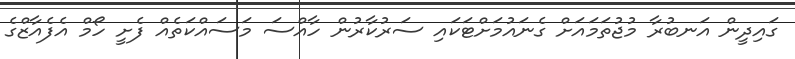
ގައިދީން އަނބުރާ މުޖުތަމައަށް ގެނައުމަށްޓަކައި ސަރުކާރުން ހާއްސަ މަސައްކަތެއް ފެށީ ހޯމް އެފެއާޒްގެ